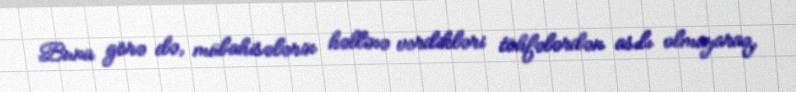
Buna görə də, mübahisələrin həllinə verdikləri töhfələrdən asılı olmayaraq,